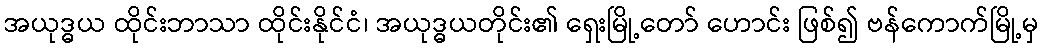
အယုဒ္ဓယ ထိုင်းဘာသာ ထိုင်းနိုင်ငံ၊ အယုဒ္ဓယတိုင်း၏ ရှေးမြို့တော် ဟောင်း ဖြစ်၍ ဗန်ကောက်မြို့မှ